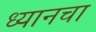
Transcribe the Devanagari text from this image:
ध्यानचा